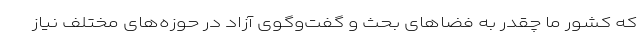
که کشور ما چقدر به فضاهای بحث و گفت‌وگوی آزاد در حوزه‌های مختلف نیاز